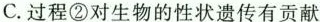
C.过程②对生物的性状遗传有贡献